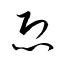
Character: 恐